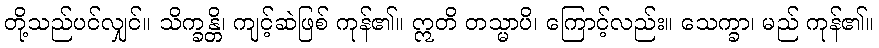
တို့သည်ပင်လျှင်။ သိက္ခန္တိ၊ ကျင့်ဆဲဖြစ် ကုန်၏။ ဣတိ တသ္မာပိ၊ ကြောင့်လည်း။ သေက္ခာ၊ မည် ကုန်၏။